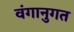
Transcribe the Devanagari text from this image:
वंगानुगत